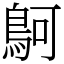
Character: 鴚